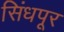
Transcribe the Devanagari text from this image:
सिंधपूर